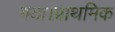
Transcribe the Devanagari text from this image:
गया।प्राथमिक